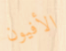
الأفيون